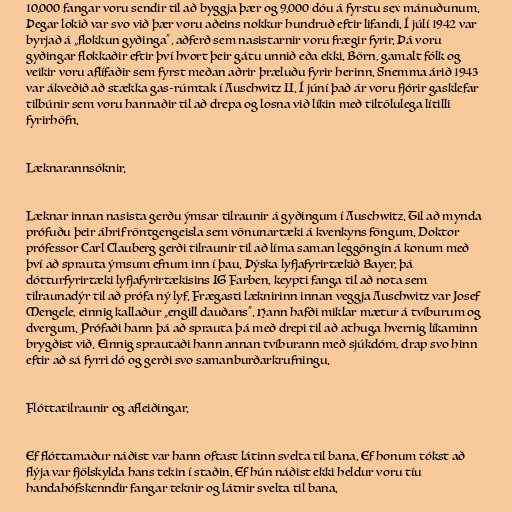
10.000 fangar voru sendir til að byggja þær og 9.000 dóu á fyrstu sex mánuðunum.
Þegar lokið var svo við þær voru aðeins nokkur hundruð eftir lifandi. Í júlí 1942 var
byrjað á „flokkun gyðinga“, aðferð sem nasistarnir voru frægir fyrir. Þá voru
gyðingar flokkaðir eftir því hvort þeir gátu unnið eða ekki. Börn, gamalt fólk og
veikir voru aflífaðir sem fyrst meðan aðrir þræluðu fyrir herinn. Snemma árið 1943
var ákveðið að stækka gas-rúmtak í Auschwitz II. Í júní það ár voru fjórir gasklefar
tilbúnir sem voru hannaðir til að drepa og losna við líkin með tiltölulega lítilli
fyrirhöfn.

Læknarannsóknir.

Læknar innan nasista gerðu ýmsar tilraunir á gyðingum í Auschwitz. Til að mynda
prófuðu þeir áhrif röntgengeisla sem vönunartæki á kvenkyns föngum. Doktor
prófessor Carl Clauberg gerði tilraunir til að líma saman leggöngin á konum með
því að sprauta ýmsum efnum inn í þau. Þýska lyfjafyrirtækið Bayer, þá
dótturfyrirtæki lyfjafyrirtækisins IG Farben, keypti fanga til að nota sem
tilraunadýr til að prófa ný lyf. Frægasti læknirinn innan veggja Auschwitz var Josef
Mengele, einnig kallaður „engill dauðans“. Hann hafði miklar mætur á tvíburum og
dvergum. Prófaði hann þá að sprauta þá með drepi til að athuga hvernig líkaminn
brygðist við. Einnig sprautaði hann annan tvíburann með sjúkdóm, drap svo hinn
eftir að sá fyrri dó og gerði svo samanburðarkrufningu.

Flóttatilraunir og afleiðingar.

Ef flóttamaður náðist var hann oftast látinn svelta til bana. Ef honum tókst að
flýja var fjölskylda hans tekin í staðin. Ef hún náðist ekki heldur voru tíu
handahófskenndir fangar teknir og látnir svelta til bana.